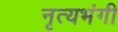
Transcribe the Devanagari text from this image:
नृत्यभंगी